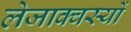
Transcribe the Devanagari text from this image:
लेजाक्वस्यों